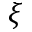
\xi